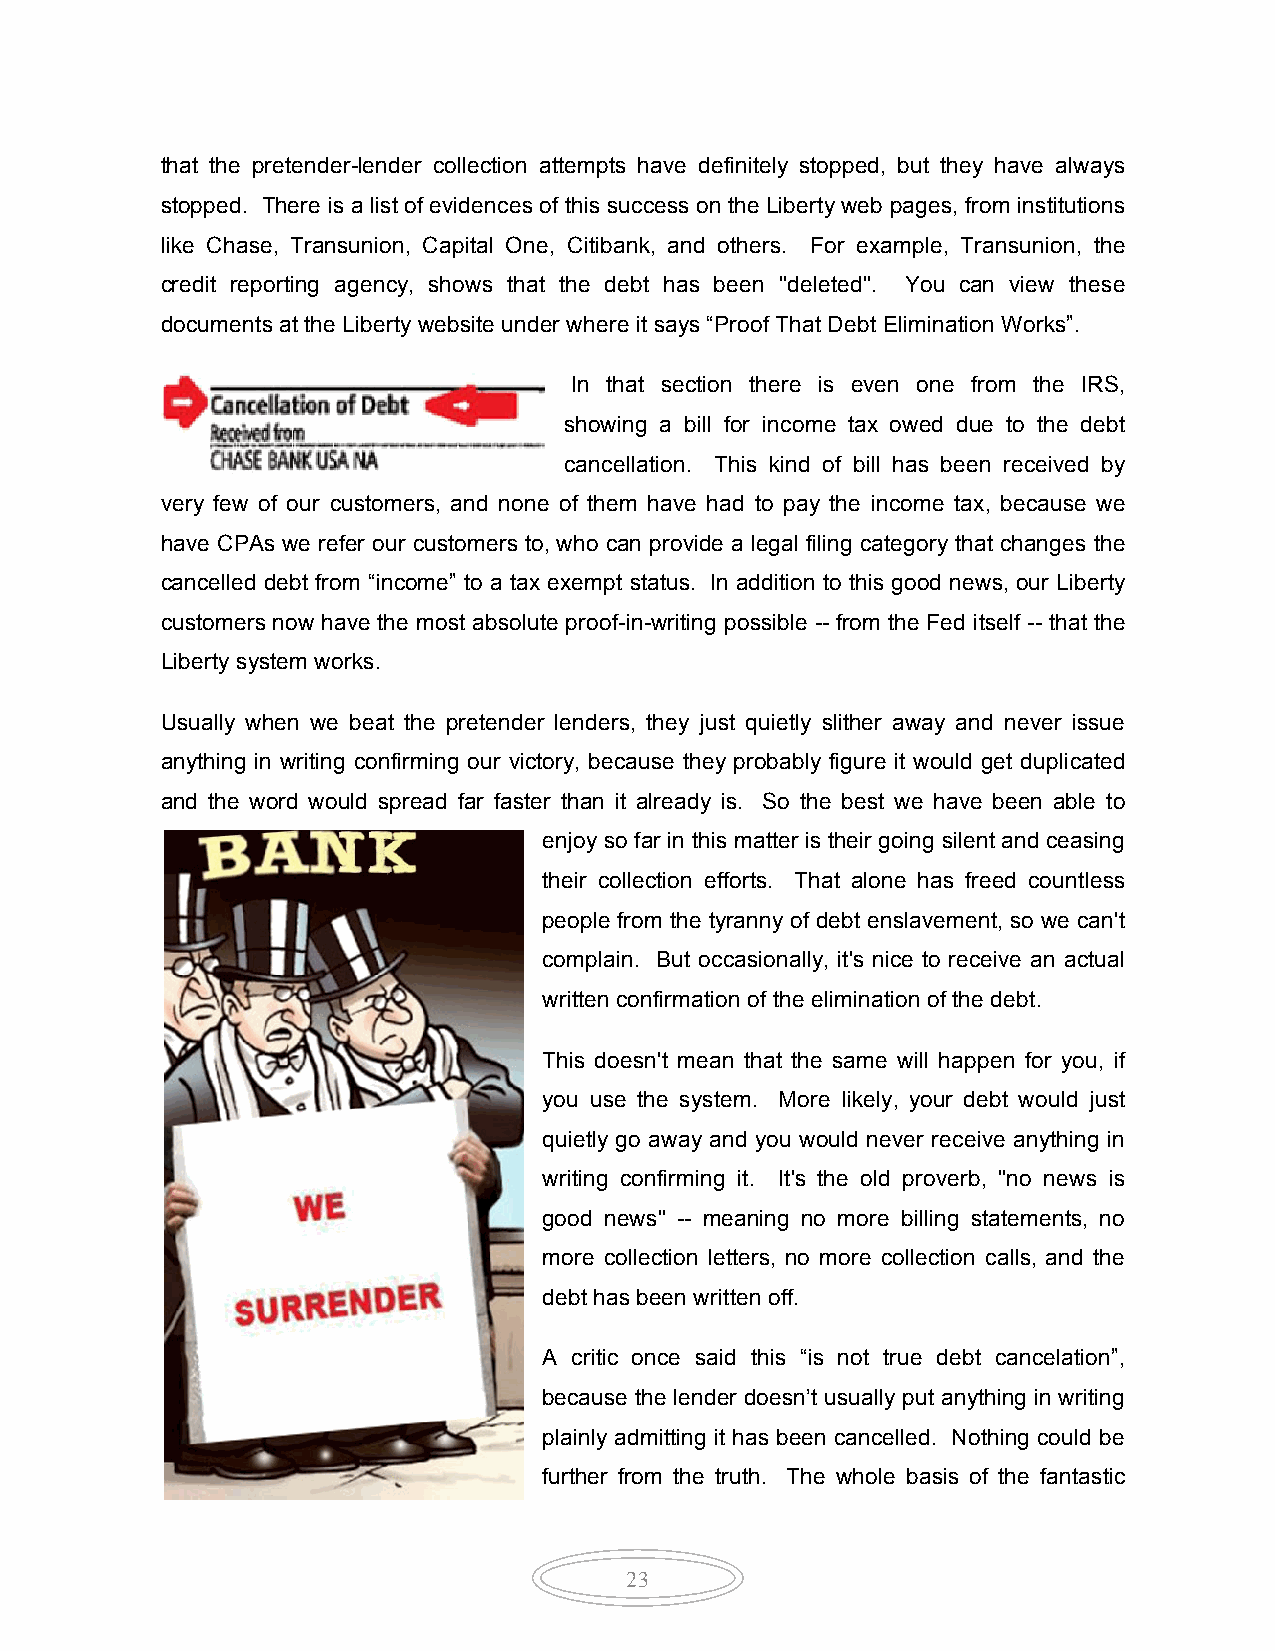
that the pretender-lender collection attempts have definitely stopped, but they have always
 stopped. There is a list of evidences of this success on the Liberty web pages, from institutions
 like Chase, Transunion, Capital One, Citibank, and others. For example, Transunion, the
 credit reporting agency, shows that the debt has been "deleted". You can view these
 documents at the Liberty website under where it says “Proof That Debt Elimination Works”.
 In that section there is even one from the IRS,
 showing a bill for income tax owed due to the debt
 cancellation. This kind of bill has been received by
 very few of our customers, and none of them have had to pay the income tax, because we
 have CPAs we refer our customers to, who can provide a legal filing category that changes the
 cancelled debt from “income” to a tax exempt status. In addition to this good news, our Liberty
 customers now have the most absolute proof-in-writing possible -- from the Fed itself -- that the
 Liberty system works.
 Usually when we beat the pretender lenders, they just quietly slither away and never issue
 anything in writing confirming our victory, because they probably figure it would get duplicated
 and the word would spread far faster than it already is. So the best we have been able to
 enjoy so far in this matter is their going silent and ceasing
 their collection efforts. That alone has freed countless
 people from the tyranny of debt enslavement, so we can't
 complain. But occasionally, it's nice to receive an actual
 written confirmation of the elimination of the debt.
 This doesn't mean that the same will happen for you, if
 you use the system. More likely, your debt would just
 quietly go away and you would never receive anything in
 writing confirming it. It's the old proverb, "no news is
 good news" -- meaning no more billing statements, no
 more collection letters, no more collection calls, and the
 debt has been written off.
 A critic once said this “is not true debt cancelation”,
 because the lender doesn’t usually put anything in writing
 plainly admitting it has been cancelled. Nothing could be
 further from the truth. The whole basis of the fantastic
 23